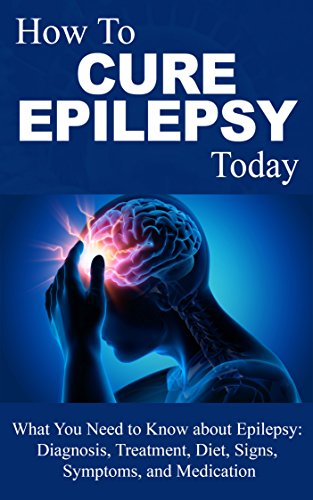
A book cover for Epilepsy: Cure - What You Need to Know about Epilepsy: Therapy, Diagnosis, Treatment, Diet, Signs, Symptoms and Medication (Epilepsy Books - Epilepsy Therapy ... Treatment - Epilepsy in children Book 1); Craig Donovan; Health, Fitness & Dieting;